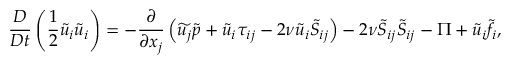
\frac { D } { D t } \left( \frac { 1 } { 2 } \widetilde { u } _ { i } \widetilde { u } _ { i } \right) = - \frac { \partial } { \partial x _ { j } } \left( \widetilde { u _ { j } } \widetilde { p } + \widetilde { u } _ { i } \tau _ { i j } - 2 \nu \widetilde { u } _ { i } \widetilde { S } _ { i j } \right) - 2 \nu \widetilde { S } _ { i j } \widetilde { S } _ { i j } - \Pi + \widetilde { u } _ { i } { \widetilde { f _ { i } } } ,